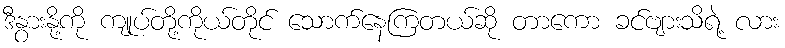
ဒီနွားနို့ကို ကျုပ်တို့ကိုယ်တိုင် သောက်နေကြတယ်ဆို တာကော ခင်ဗျားသိရဲ့ လား